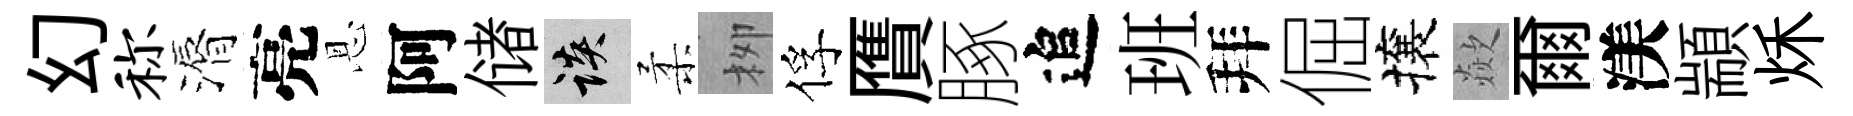
幻称漘亮恩阿储談柔栁俘贋䐁追班拜倔攘歘爾渼顓秌